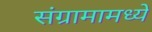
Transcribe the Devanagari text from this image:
संग्रामामध्ये